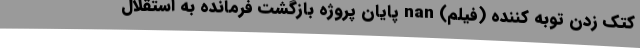
کتک زدن توبه کننده (فیلم) nan پایان پروژه بازگشت فرمانده به استقلال